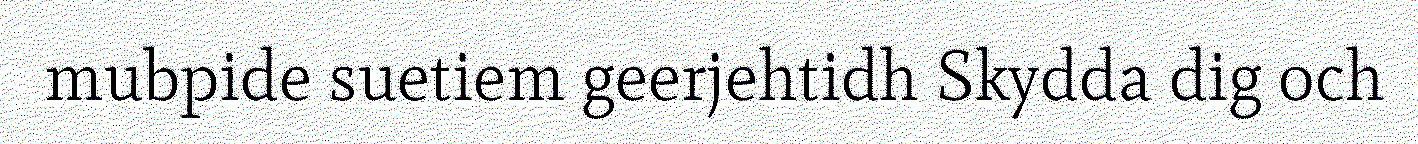
mubpide suetiem geerjehtidh Skydda dig och